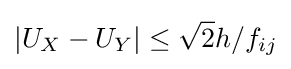
|U_{X}-U_{Y}|\leq {\sqrt {2}}h/f_{ij}